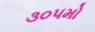
૩૦૫મો